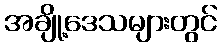
အချို့ဒေသများတွင်